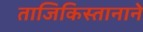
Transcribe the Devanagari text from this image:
ताजिकिस्तानाने